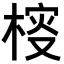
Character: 𣔱